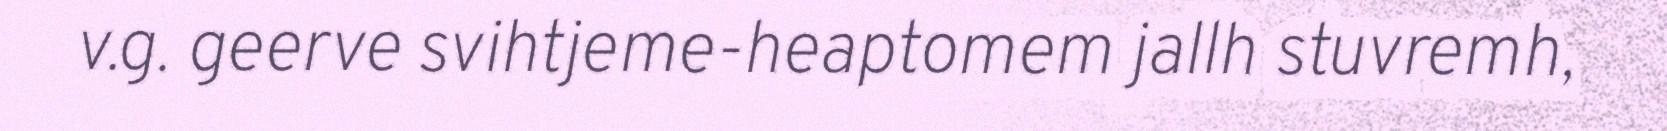
v.g. geerve svihtjeme-heaptomem jallh stuvremh,